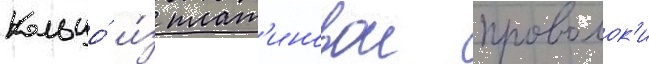
Кольцо́ и́з плат'иновои проволок'и